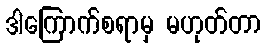
ဒါကြောက်စရာမှ မဟုတ်တာ